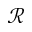
\mathcal { R }